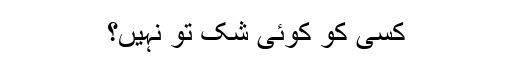
کسی کو کوئی شک تو نہیں؟